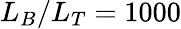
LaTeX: L_{B}/L_{T}=1000